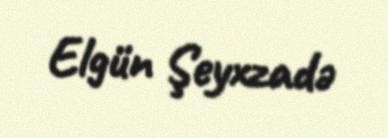
Elgün Şeyxzadə